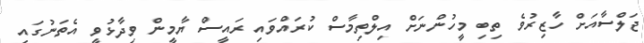
ޖަލްސާއަށް ހާޒިރުވެ ތިބި މީހުންނަށް އިލްތިމާސް ކުރައްވައި ރައީސް ޔާމީން ވިދާޅުވީ އެތަނުގައި